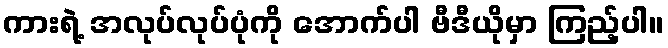
ကားရဲ့ အလုပ်လုပ်ပုံကို အောက်ပါ ဗီဒီယိုမှာ ကြည့်ပါ။